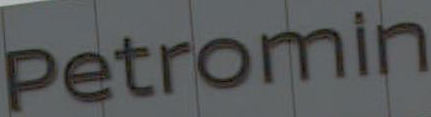
Petromin